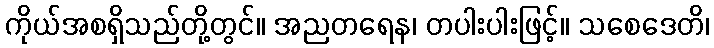
ကိုယ်အစရှိသည်တို့တွင်။ အညတရေန၊ တပါးပါးဖြင့်။ သစေဒေတိ၊